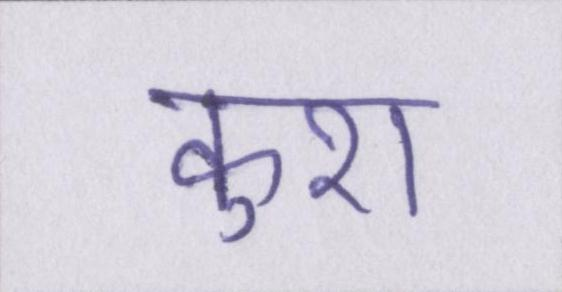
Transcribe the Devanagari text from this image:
कुश